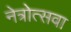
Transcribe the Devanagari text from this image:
नेत्रोत्सवा